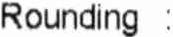
ROUNDING :